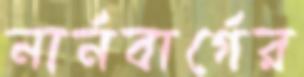
নার্নবার্গের